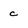
Character: c